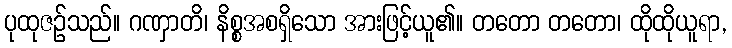
ပုထုဇဉ်သည်။ ဂဏှာတိ၊ နိစ္စအစရှိသော အားဖြင့်ယူ၏။ တတော တတော၊ ထိုထိုယူရာ,